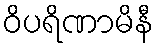
ဝိပရိဏာမိနီ